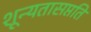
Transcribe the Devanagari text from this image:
शून्यतासप्तति